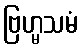
ဗြဟ္မသမံ